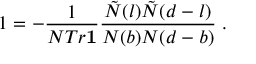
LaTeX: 1 = - \frac { 1 } { N T r { \bf 1 } } \frac { \tilde { N } ( l ) \tilde { N } ( d - l ) } { N ( b ) N ( d - b ) } \; .